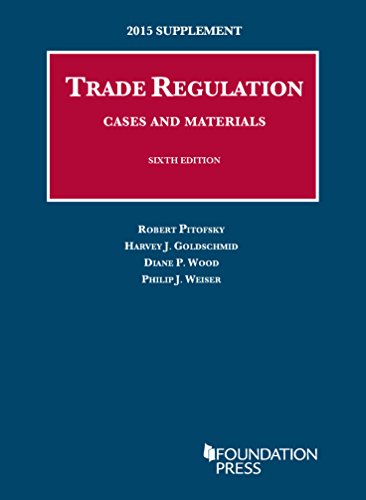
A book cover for Trade Regulation, Cases and Materials, 2015 Supplement (University Casebook Series); Robert Pitofsky; Law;